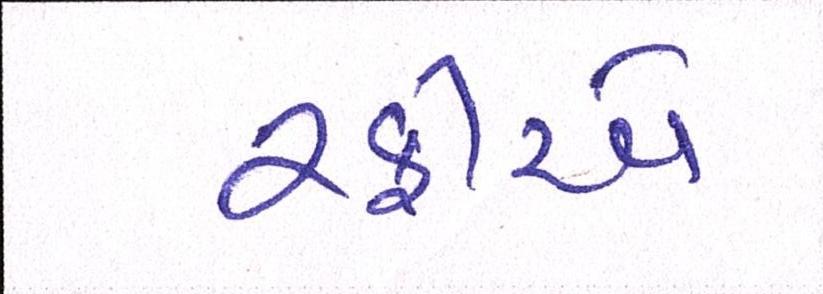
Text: રફીએ